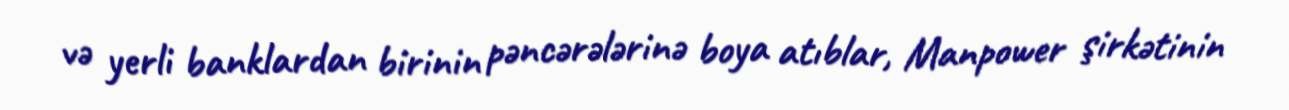
və yerli banklardan birinin pəncərələrinə boya atıblar, Manpower şirkətinin